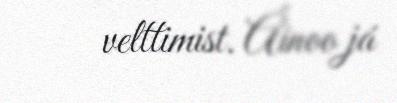
velttimist. Áinoo já